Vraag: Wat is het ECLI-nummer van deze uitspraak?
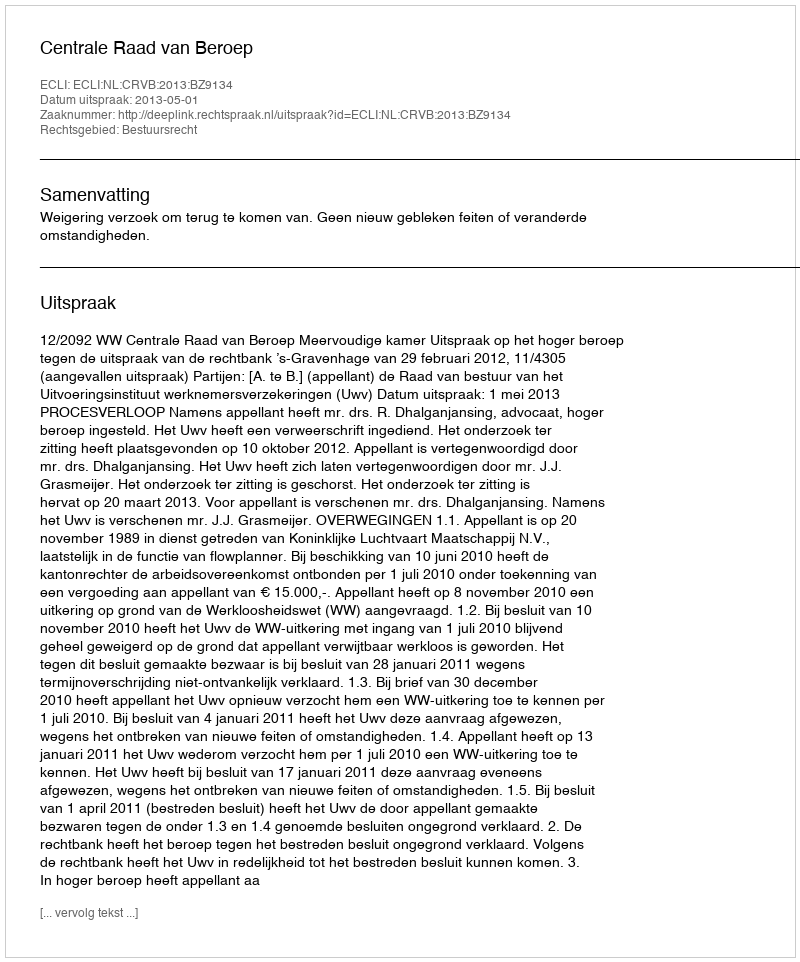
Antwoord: ECLI:NL:CRVB:2013:BZ9134